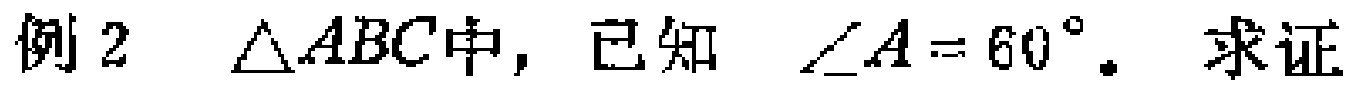
例2 $\triangle ABC$中，已知 $\angle A = 60^{\circ}$. 求证